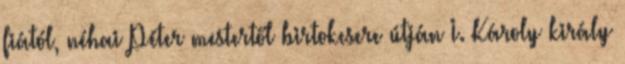
fiától, néhai Péter mestertől birtokcsere útján I. Károly király